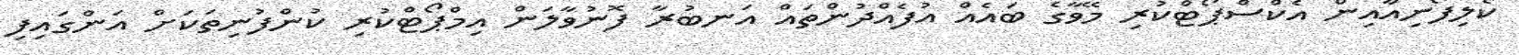
ކެލިފޯނިއާއިން އެކްސްޕޯޓްކުރި މޭވާގެ ބައެއް އުފެއްދުންތައް އަނބުރާ ފޮނުވާލަން އިމްޕޯޓްކުރި ކުންފުނިތަކަށް އަންގައިފި